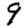
Digit: 9